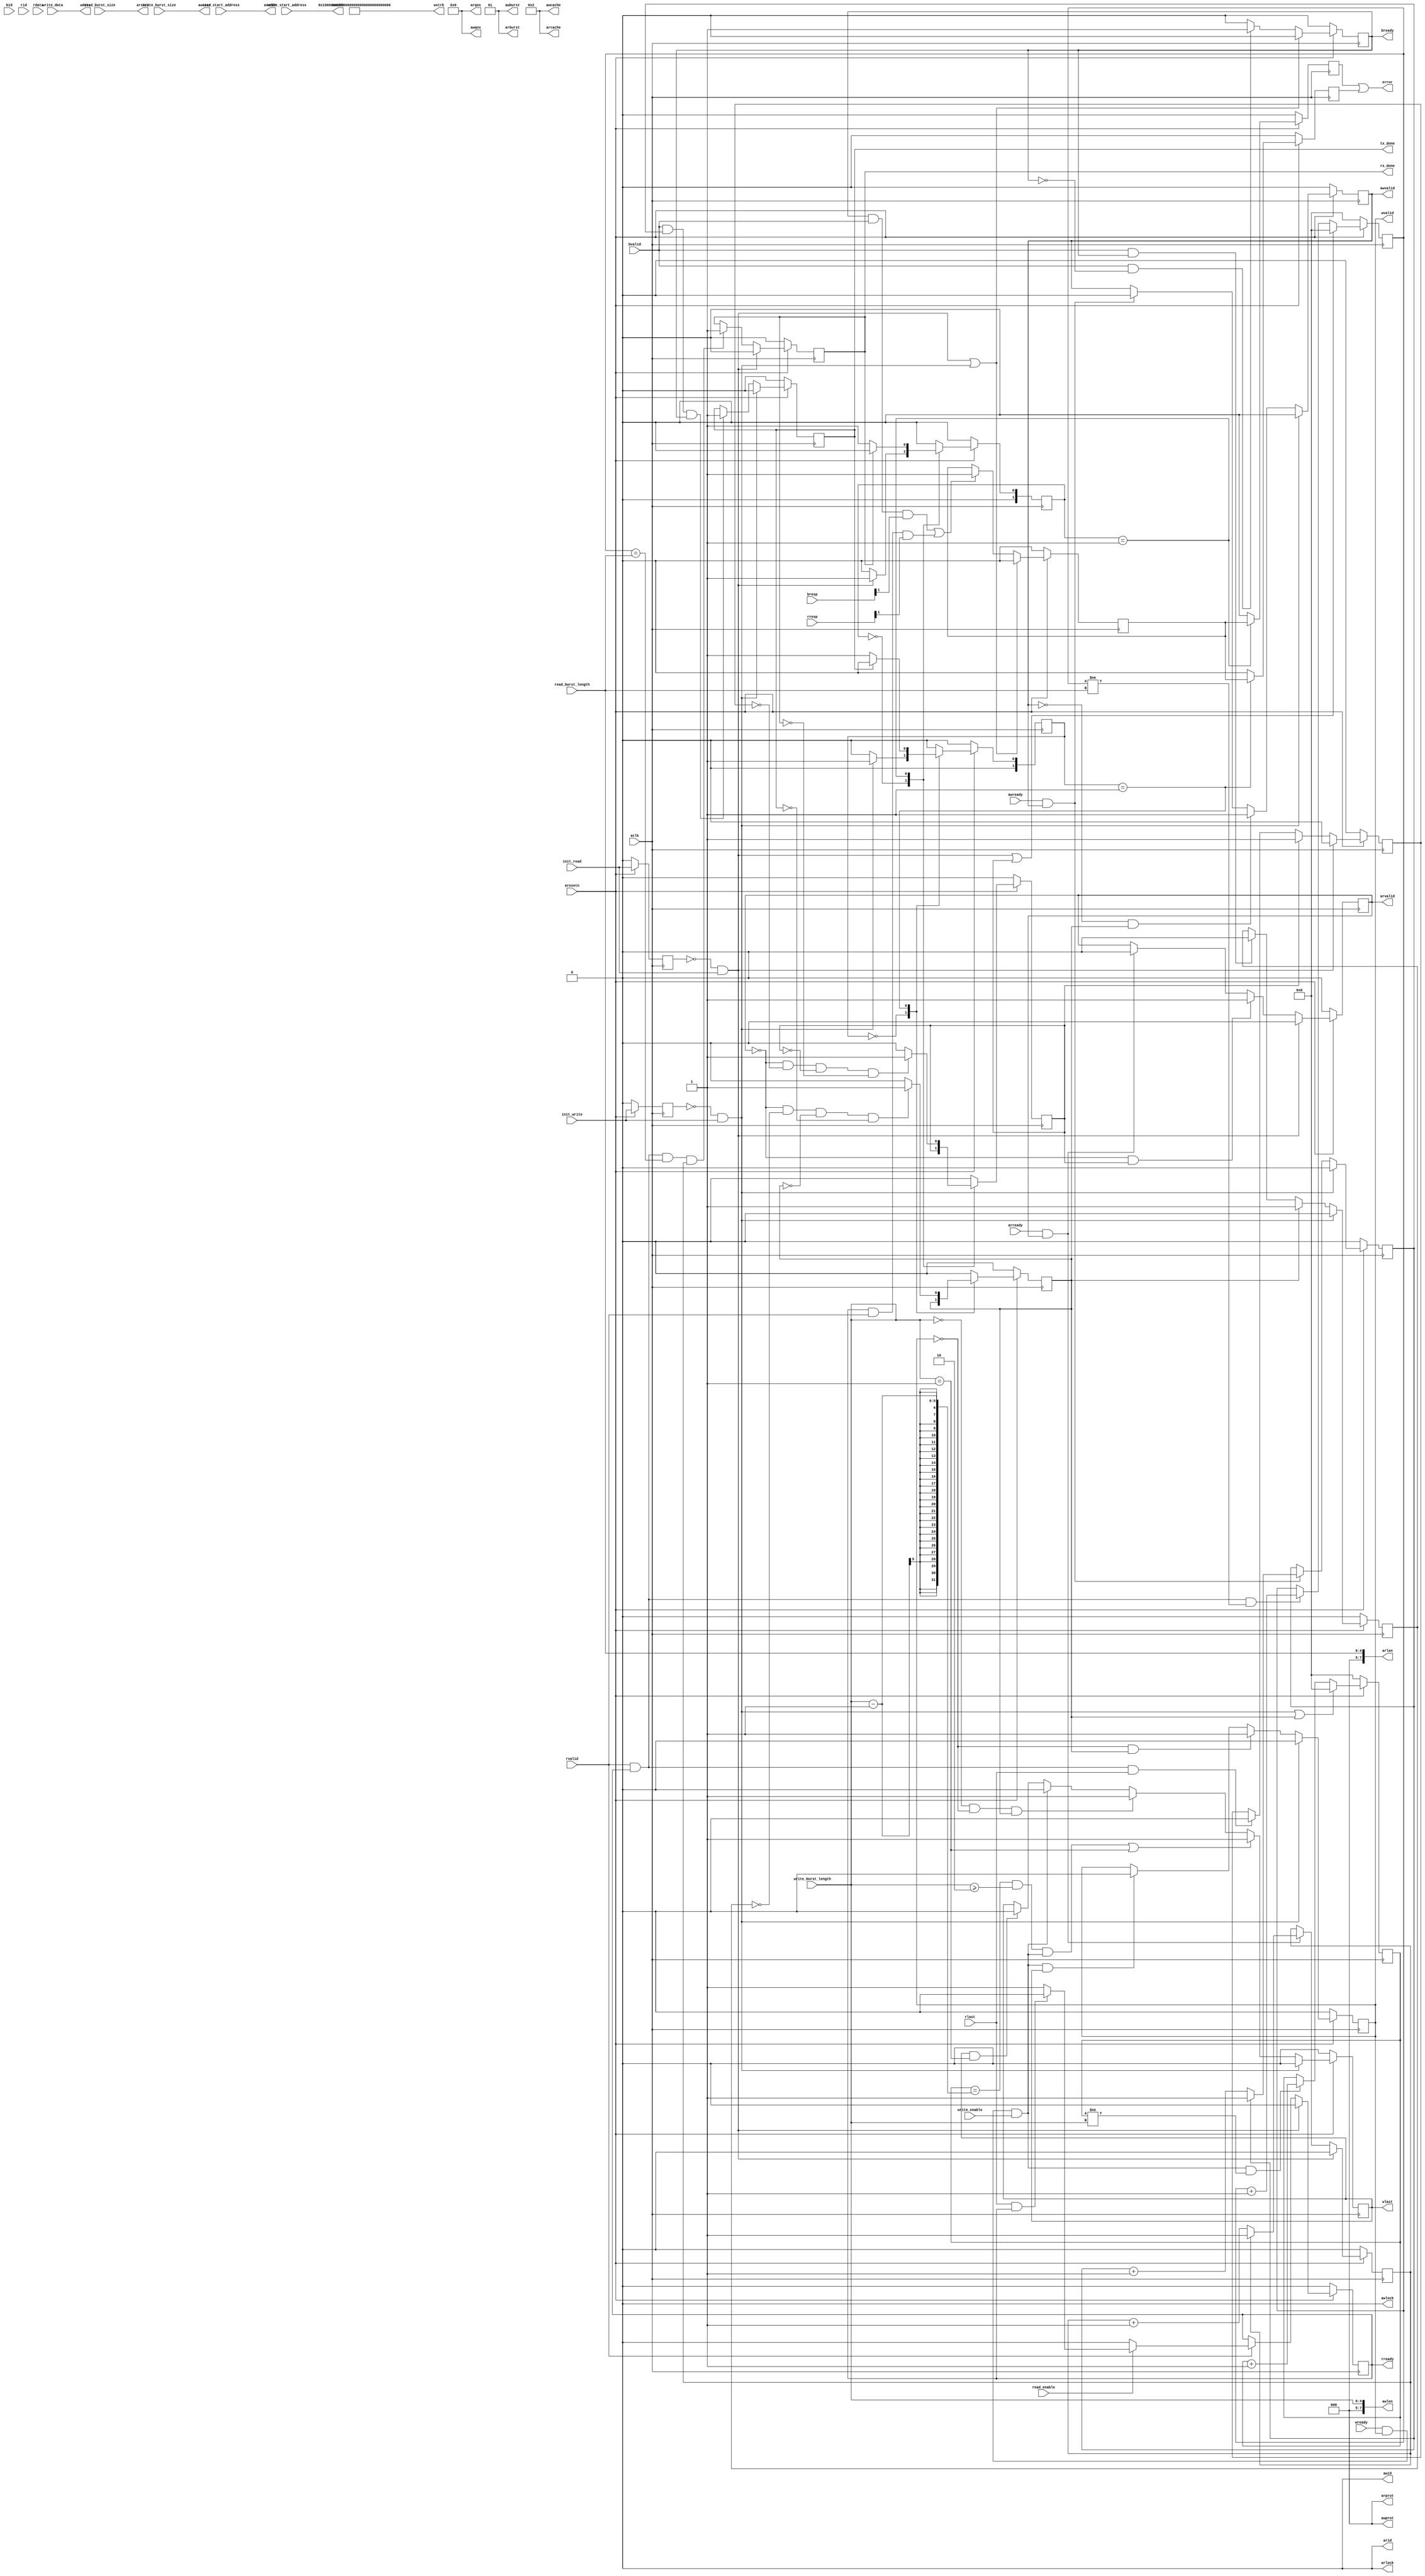
/* 
*Copyright (c) 2021, Alibaba Group;
*Licensed under the Apache License, Version 2.0 (the "License");
*you may not use this file except in compliance with the License.
*You may obtain a copy of the License at

*   http://www.apache.org/licenses/LICENSE-2.0

*Unless required by applicable law or agreed to in writing, software
*distributed under the License is distributed on an "AS IS" BASIS,
*WITHOUT WARRANTIES OR CONDITIONS OF ANY KIND, either express or implied.
*See the License for the specific language governing permissions and
*limitations under the License.
*/

module axim_top #
	(
		parameter integer BURST_LENGTH_WIDTH  = 5,
		parameter integer BURST_SIZE_WIDTH  = 3,
		parameter integer AXI_ID_WIDTH	= 1,
		parameter integer AXI_ADDR_WIDTH	= 32,
		parameter integer AXI_DATA_WIDTH	= 1024
	)
	(
		input  wire [BURST_LENGTH_WIDTH-1:0] write_burst_length,
		input  wire [BURST_LENGTH_WIDTH-1:0] read_burst_length,
		input  wire [BURST_SIZE_WIDTH-1:0]   write_burst_size,
		input  wire [BURST_SIZE_WIDTH-1:0]   read_burst_size,
		input  wire read_enable,
		input  wire write_enable,
		//initiate write transfer
		input  wire init_write,
		//initiate read transfer
		input  wire init_read,
		input  wire [AXI_ADDR_WIDTH-1:0] write_start_address,
		input  wire [AXI_ADDR_WIDTH-1:0] read_start_address,
		input [AXI_DATA_WIDTH-1:0] write_data,
		output wire  tx_done,
		output wire  rx_done,
		output wire  error,
		input wire  aclk,
		input wire  aresetn,
		output wire [AXI_ID_WIDTH-1 : 0] awid,
		output wire [AXI_ADDR_WIDTH-1 : 0] awaddr,
		output wire [7 : 0] awlen,
		output wire [2 : 0] awsize,
		output wire [1 : 0] awburst,
		output wire  awlock,
		output wire [3 : 0] awcache,
		output wire [2 : 0] awprot,
		output wire [3 : 0] awqos,
		output wire  awvalid,
		input wire  awready,
		output wire [AXI_DATA_WIDTH-1 : 0] wdata,
		output wire [AXI_DATA_WIDTH/8-1 : 0] wstrb,
		output wire  wlast,
		output wire  wvalid,
		input wire  wready,
		input wire [AXI_ID_WIDTH-1 : 0] bid,
		input wire [1 : 0] bresp,
		input wire  bvalid,
		output wire  bready,
		output wire [AXI_ID_WIDTH-1 : 0] arid,
		output wire [AXI_ADDR_WIDTH-1 : 0] araddr,
		output wire [7 : 0] arlen,
		output wire [2 : 0] arsize,
		output wire [1 : 0] arburst,
		output wire  arlock,
		output wire [3 : 0] arcache,
		output wire [2 : 0] arprot,
		output wire [3 : 0] arqos,
		output wire  arvalid,
		input wire  arready,
		input wire [AXI_ID_WIDTH-1 : 0] rid,
		input wire [AXI_DATA_WIDTH-1 : 0] rdata,
		input wire [1 : 0] rresp,
		input wire  rlast,
		input wire  rvalid,
		output wire  rready
	);

    localparam integer TRANSACTIONS_NUM = BURST_LENGTH_WIDTH;
    localparam integer MASTER_LENGTH	= 12;
    localparam integer NO_BURSTS_REQ = 0;
    localparam integer DATA_BYTE_WIDTH = TRANSACTIONS_NUM+$clog2(AXI_DATA_WIDTH/8);
	localparam [1:0] IDLE = 2'b00;
	localparam [1:0] INIT_XFER = 2'b01;

	reg [AXI_ADDR_WIDTH-1 : 0] 	axi_awaddr;
	reg  	axi_awvalid;
	reg  	axi_wlast;
	reg  	axi_wvalid;
	reg  	axi_bready;
	reg [AXI_ADDR_WIDTH-1 : 0] 	axi_araddr;
	reg  	axi_arvalid;
	reg  	axi_rready;
	reg [TRANSACTIONS_NUM : 0] 	write_index;
	reg [TRANSACTIONS_NUM : 0] 	read_index;
	wire [DATA_BYTE_WIDTH : 0] 	wburst_size_bytes;
	wire [DATA_BYTE_WIDTH : 0] 	rburst_size_bytes;
	reg [NO_BURSTS_REQ : 0] 	write_burst_counter;
	reg [NO_BURSTS_REQ : 0] 	read_burst_counter;
	reg  	start_single_burst_write;
	reg  	start_single_burst_read;
	reg  	writes_done;
	reg  	reads_done;
	reg  	error_reg;
	reg  	burst_write_active;
	reg  	burst_read_active;
	//Interface response error flags
	wire  	write_resp_error;
	wire  	read_resp_error;
	wire  	wnext;
	wire  	rnext;
	reg  	init_tx_ff;
	wire  	init_tx_pulse;
	reg  	init_rx_ff;
	wire  	init_rx_pulse;
	wire    init_tx_rx_pulse = init_rx_pulse | init_tx_pulse;

	assign awid	= 'b0;
	assign awaddr	= write_start_address/* + axi_awaddr*/;
	assign awlen	= write_burst_length;
	assign awsize	= write_burst_size;
	assign awburst	= 2'b01;
	assign awlock	= 1'b0;
	assign awcache	= 4'b0010;
	assign awprot	= 3'h0;
	assign awqos	= 4'h0;
	assign awvalid	= axi_awvalid;
	assign wdata	= write_data;
	assign wstrb	= {(AXI_DATA_WIDTH/8){1'b1}};
	assign wlast	= axi_wlast;
	assign wvalid	= axi_wvalid;
	assign bready	= axi_bready;
	assign arid	= 'b0;
	assign araddr	= read_start_address/* + axi_araddr*/;
	assign arlen	= read_burst_length;
	assign arsize	= read_burst_size;
	assign arburst	= 2'b01;
	assign arlock	= 1'b0;
	assign arcache	= 4'b0010;
	assign arprot	= 3'h0;
	assign arqos	= 4'h0;
	assign arvalid	= axi_arvalid;
	assign rready	= axi_rready;
	assign tx_done	= writes_done;
	assign rx_done	= reads_done;
	assign wburst_size_bytes	= ({1'b0,write_burst_length}+1) * (9'b1 << write_burst_size);
	assign rburst_size_bytes	= ({1'b0,read_burst_length}+1) * (9'b1 << read_burst_size);
	assign init_tx_pulse	= (!init_tx_ff) && init_write;
	assign init_rx_pulse	= (!init_rx_ff) && init_read;

	always @(posedge aclk)										      
	begin                                                                        
	  // Initiates AXI transaction delay    
	  if (aresetn == 0 )                                                   
	    begin                                                                    
	      init_tx_ff <= 1'b0;                                                   
	      init_rx_ff <= 1'b0;                                                   
	    end                                                                               
	  else                                                                       
	    begin  
	      init_tx_ff <= init_write;
	      init_rx_ff <= init_read;
	    end                                                                      
	end     

	//--------------------
	//Write Address Channel
	//--------------------
	always @(posedge aclk)                                   
	begin                                                                
	                                                                     
	  if (aresetn == 0)
	    begin                                                            
	      axi_awvalid <= 1'b0;                                           
	    end                                                              
	  else if(init_tx_pulse == 1'b1)
	      axi_awvalid <= 1'b0;                                           
	  else if (~axi_awvalid && start_single_burst_write)                 
	    begin                                                            
	      axi_awvalid <= 1'b1;                                           
	    end                                                              
	  else if (awready && axi_awvalid)                             
	    begin                                                            
	      axi_awvalid <= 1'b0;                                           
	    end                                                              
	  else                                                               
	    axi_awvalid <= axi_awvalid;                                      
	  end                                                                
	                                                                     
	always @(posedge aclk)                                         
	begin                                                                
	  if (aresetn == 0)
	    begin                                                            
	      axi_awaddr <= 'b0;                                             
	    end                                                              
	  else if(init_tx_pulse == 1'b1)
	      axi_awaddr <= 'b0;                                             
	  else if (awready && axi_awvalid)                             
	    begin                                                            
	      axi_awaddr <= axi_awaddr + wburst_size_bytes;                   
	    end                                                              
	  else                                                               
	    axi_awaddr <= axi_awaddr;                                        
	end                                                                

	//--------------------
	//Write Data Channel
	//--------------------
	assign wnext = wready & axi_wvalid & write_enable;                                   
	                                                                                  
	always @(posedge aclk)                                                      
	begin                                                                             
	  if (aresetn == 0)
	    begin                                                                         
	      axi_wvalid <= 1'b0;                                                         
	    end                                                                           
	  else if(init_tx_pulse == 1'b1)
	      axi_wvalid <= 1'b0;                                                         
	  else if (~axi_wvalid && start_single_burst_write)                               
	    begin                                                                         
	      axi_wvalid <= 1'b1;                                                         
	    end                                                                           
	  else if (wnext && axi_wlast)                                                    
	    axi_wvalid <= 1'b0;                                                           
	  else                                                                            
	    axi_wvalid <= axi_wvalid;                                                     
	end                                                                               
	                                                                                  
	always @(posedge aclk)                                                      
	begin                                                                             
	  if (aresetn == 0)
	    begin                                                                         
	      axi_wlast <= 1'b0;                                                          
	    end                                                                           
	    else if(init_tx_pulse == 1'b1)
	      axi_wlast <= 1'b0;                                                          
	  else if (((write_index == write_burst_length-1 && write_burst_length >= 2) && wnext) || (write_burst_length == 1 ))
	    begin                                                                         
	      axi_wlast <= 1'b1;                                                          
	    end
	  else if ((write_burst_length == 0) && ~axi_wvalid && start_single_burst_write)
	    begin
	  	axi_wlast <= 1'b1;
	    end                                                                      
	  else if (wnext)                                                                 
	    axi_wlast <= 1'b0;                                                            
	  else if (axi_wlast && write_burst_length == 1)                                   
	    axi_wlast <= 1'b0;                                                            
	  else                                                                            
	    axi_wlast <= axi_wlast;                                                       
	end                                                                               
	                                                                                  
	always @(posedge aclk)                                                      
	begin                                                                             
	  if (aresetn == 0)
	    begin                                                                         
	      write_index <= 0;                                                           
	    end                                                                           
	  else if(init_tx_pulse == 1'b1 || start_single_burst_write == 1'b1)
	      write_index <= 0;                                                           
	  else if (wnext && (write_index != write_burst_length))                         
	    begin                                                                         
	      write_index <= write_index + 1;                                             
	    end                                                                           
	  else                                                                            
	    write_index <= write_index;                                                   
	end                                                                               
	                                                                                    
	//----------------------------
	//Write Response Channel
	//----------------------------

	always @(posedge aclk)                                     
	begin                                                                 
	  if (aresetn == 0)
	    begin                                                             
	      axi_bready <= 1'b0;                                             
	    end                                                               
	  else if(init_tx_rx_pulse == 1'b1)
	      axi_bready <= 1'b0;                                             
	  else if (bvalid && ~axi_bready)                               
	    begin                                                             
	      axi_bready <= 1'b1;                                             
	    end                                                               
	  else if (axi_bready)                                                
	    begin                                                             
	      axi_bready <= 1'b0;                                             
	    end                                                               
	  else                                                                
	    axi_bready <= axi_bready;                                         
	end                                                                   
	                                                                      
	assign write_resp_error = axi_bready & bvalid & bresp[1]; 

	//----------------------------
	//Read Address Channel
	//----------------------------
	always @(posedge aclk)                                 
	begin                                                              
	                                                                   
	  if (aresetn == 0)
	    begin                                                          
	      axi_arvalid <= 1'b0;                                         
	    end                                                            
	  else if(init_rx_pulse == 1'b1 )
	      axi_arvalid <= 1'b0;                                         
	  else if (~axi_arvalid && start_single_burst_read)                
	    begin                                                          
	      axi_arvalid <= 1'b1;                                         
	    end                                                            
	  else if (arready && axi_arvalid)                           
	    begin                                                          
	      axi_arvalid <= 1'b0;                                         
	    end                                                            
	  else                                                             
	    axi_arvalid <= axi_arvalid;                                    
	end                                                                
	                                                                   
	always @(posedge aclk)                                       
	begin                                                              
	  if (aresetn == 0)
	    begin                                                          
	      axi_araddr <= 'b0;                                           
	    end                                                            
	  else if(init_rx_pulse == 1'b1)
	      axi_araddr <= 'b0;                                           
	  else if (arready && axi_arvalid)                           
	    begin                                                          
	      axi_araddr <= axi_araddr + rburst_size_bytes;                 
	    end                                                            
	  else                                                             
	    axi_araddr <= axi_araddr;                                      
	end                                                                

	//--------------------------------
	//Read Data (and Response) Channel
	//--------------------------------
	assign rnext = rvalid && axi_rready;                            
	                                                                      
	always @(posedge aclk)                                          
	begin                                                                 
	  if (aresetn == 0)
	    begin                                                             
	      read_index <= 0;                                                
	    end                                                               
	  else if (init_rx_pulse == 1'b1 || start_single_burst_read)
	      read_index <= 0;                                                
	  else if (rnext && (read_index != read_burst_length))              
	    begin                                                             
	      read_index <= read_index + 1;                                   
	    end                                                               
	  else                                                                
	    read_index <= read_index;                                         
	end                                                                   
	                                                                      
	always @(posedge aclk)                                          
	begin                                                                 
	  if (aresetn == 0)
	    begin                                                             
	      axi_rready <= 1'b0;                                             
	    end                                                               
	  else if(init_rx_pulse == 1'b1)
	      axi_rready <= 1'b0;                                             
	  else if (rvalid)                       
	    begin                                      
	    	if(read_enable) begin
	    	   if (rlast && axi_rready)          
	    	    begin                                  
	    	      axi_rready <= 1'b0;                  
	    	    end                                    
	    	   else                                    
	    	     begin                                 
	    	       axi_rready <= 1'b1;                 
	    	     end                                   
	  	 end
	  	 else begin
	    	      axi_rready <= 1'b0;                  
	  	 end
	    end                                        
	end                                            
	                                                                      
	assign read_resp_error = axi_rready & rvalid & rresp[1];  

	always @(posedge aclk)                                 
	begin                                                              
	  if (aresetn == 0)
	    begin                                                          
	      error_reg <= 1'b0;                                           
	    end                                                            
	  else if(init_tx_rx_pulse == 1'b1)
	      error_reg <= 1'b0;                                           
	  else if (write_resp_error || read_resp_error)   
	    begin                                                          
	      error_reg <= 1'b1;                                           
	    end                                                            
	  else                                                             
	    error_reg <= error_reg;                                        
	end                                                                

	always @(posedge aclk)                                                                              
	begin                                                                                                     
	  if (aresetn == 0)
	    begin                                                                                                 
	      write_burst_counter <= 'b0;                                                                         
	    end                                                                                                   
	  else if(init_tx_pulse == 1'b1)
	      write_burst_counter <= 'b0;                                                                         
	  else if (awready && axi_awvalid)                                                                  
	    begin                                                                                                 
	      if (write_burst_counter[NO_BURSTS_REQ] == 1'b0)                                                   
	        begin                                                                                             
	          write_burst_counter <= write_burst_counter + 1'b1;                                              
	        end                                                                                               
	    end                                                                                                   
	  else                                                                                                    
	    write_burst_counter <= write_burst_counter;                                                           
	end                                                                                                       
	                                                                                                          
	always @(posedge aclk)                                                                              
	begin                                                                                                     
	  if (aresetn == 0)
	    begin                                                                                                 
	      read_burst_counter <= 'b0;                                                                          
	    end                                                                                                   
	  else if(init_rx_pulse == 1'b1)
	      read_burst_counter <= 'b0;                                                                          
	  else if (arready && axi_arvalid)                                                                  
	    begin                                                                                                 
	      if (read_burst_counter[NO_BURSTS_REQ] == 1'b0)                                                    
	        begin                                                                                             
	          read_burst_counter <= read_burst_counter + 1'b1;                                                
	        end                                                                                               
	    end                                                                                                   
	  else                                                                                                    
	    read_burst_counter <= read_burst_counter;                                                             
	end                                                                                                       
	                                                                                                            
	//--------------------------------
	//Read Transaction FSM
	//--------------------------------
	reg [1:0] mst_exec_read_cur_state, mst_exec_read_next_state;
	reg reads_error;
	                                                                                                            
	always @(posedge aclk) begin    
	if (aresetn == 0) begin
		mst_exec_read_cur_state <= IDLE;                                                                          
	end                               
	else
		mst_exec_read_cur_state <= mst_exec_read_next_state;
	end

	always@(*) begin
		case(mst_exec_read_cur_state)
			IDLE: begin
				if(init_rx_pulse) begin
					mst_exec_read_next_state = INIT_XFER;
				end
				else
					mst_exec_read_next_state = IDLE;
			end
			INIT_XFER: begin
	            if(reads_done)  
	            	mst_exec_read_next_state = IDLE;                                                            
	            else                                                                                            
	                mst_exec_read_next_state = INIT_XFER;      
			end
			default:
					mst_exec_read_next_state = IDLE;
		endcase
	end//always

	always @ ( posedge aclk)                                                                            
	begin                                                                                                     
	  if (aresetn == 1'b0 )                                                                             
	    begin                                                                                                  
	      start_single_burst_read  <= 1'b0;                                                                   
	      reads_error <= 1'b0;   
	    end                                                                                                   
	  else                                                                                                    
	    begin                                                                                                 
	      case (mst_exec_read_cur_state)                                                                               
	        IDLE:                                                                                     
	            reads_error <= 1'b0;
	                                                                                                          
			INIT_XFER: begin                                                                                      
	            reads_error <= error_reg;
	            if (~axi_arvalid && ~burst_read_active && ~start_single_burst_read && ~reads_done)                         
	              begin                                                                                     
	                start_single_burst_read <= 1'b1;                                                        
	              end                                                                                       
	             else                                                                                         
	               begin                                                                                      
	                 start_single_burst_read <= 1'b0; //Negate to generate a pulse                            
	               end                                                                                        
	            end
	                                                                                                          
	        default :                                                                                         
	          	begin                                                                                           
	      	  	  start_single_burst_read  <= 1'b0;                                                                   
	      	  	  reads_error <= 1'b0;   
	          	end                                                                                             
	      endcase                                                                                             
	    end                                                                                                   
	end
	          
	//--------------------------------
	//Write Transaction FSM
	//--------------------------------
	reg [1:0] mst_exec_write_cur_state, mst_exec_write_next_state;
	reg writes_error;
	                                                                                                            
	always @(posedge aclk)   begin    
	if (aresetn == 0) begin
		mst_exec_write_cur_state <= IDLE;                                                                          
	end                               
	else
		mst_exec_write_cur_state <= mst_exec_write_next_state;
	end

	always@(*) begin
		case(mst_exec_write_cur_state)
			IDLE: begin
				if(init_tx_pulse) begin
					mst_exec_write_next_state = INIT_XFER;
				end
				else
					mst_exec_write_next_state = IDLE;
			end
			INIT_XFER: begin
	            if(writes_done)  
	            	mst_exec_write_next_state = IDLE;                                                            
	            else                                                                                            
	                mst_exec_write_next_state = INIT_XFER;      
			end
			default:
					mst_exec_write_next_state = IDLE;
		endcase
	end//always

	always @ ( posedge aclk)                                                                            
	begin                                                                                                     
	  if (aresetn == 1'b0 )                                                                             
	    begin                                                                                                 
	      start_single_burst_write  <= 1'b0;                                                                   
	      writes_error <= 1'b0;   
	    end                                                                                                   
	  else                                                                                                    
	    begin                                                                                                 
	      case (mst_exec_write_cur_state)                                                                               
	        IDLE:                                                                                     
	            writes_error <= 1'b0;
	                                                                                                          
			INIT_XFER: begin                                                                                      
	            writes_error <= error_reg;
	            if (~axi_arvalid && ~burst_write_active && ~start_single_burst_write && ~writes_done)                         
	              begin                                                                                     
	                start_single_burst_write <= 1'b1;                                                        
	              end                                                                                       
	             else                                                                                         
	               begin                                                                                      
	                 start_single_burst_write <= 1'b0; //Negate to generate a pulse                            
	               end                                                                                        
	            end  
	                                                                                                          
	        default :                                                                                         
	          	begin                                                                                           
	      	  	  start_single_burst_write  <= 1'b0;                                                                   
	      	  	  writes_error <= 1'b0;   
	          	end                                                                                             
	      endcase                                                                                             
	    end                                                                                                   
	end
                                                                                                              
    assign error = reads_error | writes_error;
                                                                                                              
    always @(posedge aclk)                                                                              
    begin                                                                                                     
      if (aresetn == 0)
        burst_write_active <= 1'b0;                                                                           
      else if(init_tx_pulse == 1'b1)
        burst_write_active <= 1'b0;                                                                           
      else if (start_single_burst_write)                                                                      
        burst_write_active <= 1'b1;                                                                           
      else if (bvalid && axi_bready)                                                                    
        burst_write_active <= 0;                                                                              
    end                                                                                                       
                                                                                                              
    always @(posedge aclk)                                                                              
    begin                                                                                                     
      if (aresetn == 0)
        writes_done <= 1'b0;                                                                                   
      else if(init_tx_pulse == 1'b1)
        writes_done <= 1'b0;                                                                                   
      else if (bvalid && (write_burst_counter[NO_BURSTS_REQ]) && axi_bready)                          
        writes_done <= 1'b1;                                                                                  
      else                                                                                                    
        writes_done <= writes_done;                                                                           
      end                                                                                                     
                                                                                                              
    always @(posedge aclk)                                                                              
    begin                                                                                                     
      if (aresetn == 0)
        burst_read_active <= 1'b0;                                                                            
      else if(init_rx_pulse == 1'b1)
        burst_read_active <= 1'b0;                                                                            
      else if (start_single_burst_read)                                                                       
        burst_read_active <= 1'b1;                                                                            
      else if (rvalid && axi_rready && rlast)                                                     
        burst_read_active <= 0;                                                                               
      end                                                                                                     
                                                                                                              
    always @(posedge aclk)                                                                              
    begin                                                                                                     
      if (aresetn == 0)
        reads_done <= 1'b0;                                                                                   
      else if(init_rx_pulse == 1'b1)
        reads_done <= 1'b0;                                                                                   
      else if (rvalid && axi_rready && (read_index == read_burst_length) && (read_burst_counter[NO_BURSTS_REQ]))
        reads_done <= 1'b1;                                                                                   
      else                                                                                                    
        reads_done <= reads_done;                                                                             
      end                                                                                                     

endmodule